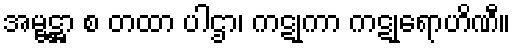
အမ္ဗဋ္ဌာ စ တထာ ပါဌာ၊ ကဋုကာ ကဋုရောဟိဏီ။